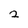
Character: 2